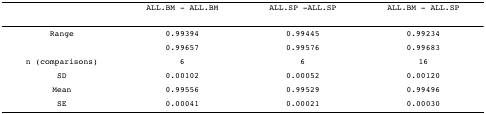
<table><thead><tr><td></td><td><b>ALL.BM - ALL.BM</b></td><td><b>ALL.SP -ALL.SP</b></td><td><b>ALL.BM - ALL.SP</b></td></tr></thead><tbody><tr><td>Range</td><td>0.99394</td><td>0.99445</td><td>0.99234</td></tr><tr><td></td><td>0.99657</td><td>0.99576</td><td>0.99683</td></tr><tr><td>n (comparisons)</td><td>6</td><td>6</td><td>16</td></tr><tr><td>SD</td><td>0.00102</td><td>0.00052</td><td>0.00120</td></tr><tr><td>Mean</td><td>0.99556</td><td>0.99529</td><td>0.99496</td></tr><tr><td>SE</td><td>0.00041</td><td>0.00021</td><td>0.00030</td></tr></tbody></table>